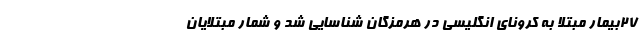
۲۷بیمار مبتلا به کرونای انگلیسی در هرمزگان شناسایی شد و شمار مبتلایان